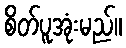
စိတ်ပူအုံးမည်။